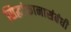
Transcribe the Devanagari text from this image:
सिद्धांकानासंबंधी